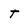
Character: t